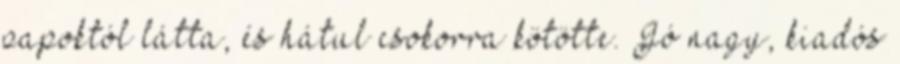
papoktól látta, és hátul csokorra kötötte. Jó nagy, kiadós